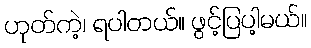
ဟုတ်ကဲ့၊ ရပါတယ်။ ဖွင့်ပြပါ့မယ်။